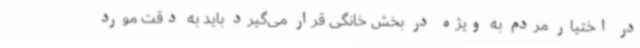
در اختیار مردم به ویژه در بخش خانگی قرار می‌گیرد باید به دقت مورد